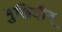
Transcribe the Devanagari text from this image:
मुखियीन्